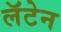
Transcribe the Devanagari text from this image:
लॅटेन